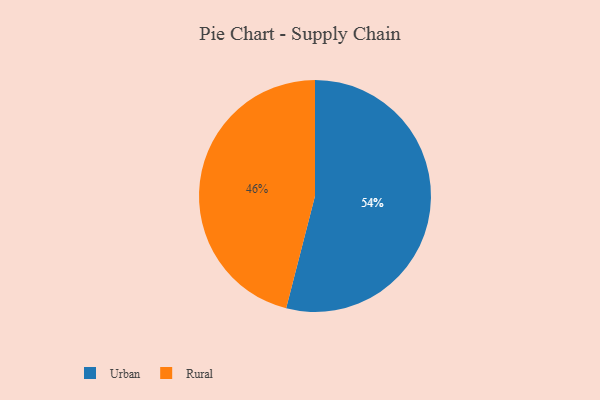
{"axis": {"x": "Category", "y": "Percentage"}, "legend": ["Rural", "Urban"], "data": [{"x": "Rural", "y": 46, "type": "Rural"}, {"x": "Urban", "y": 54, "type": "Urban"}]}